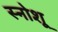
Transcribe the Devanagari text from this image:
स्नोशू